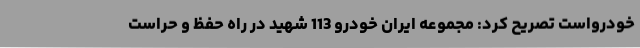
خودرواست تصریح کرد: مجموعه ایران خودرو 113 شهید در راه حفظ و حراست